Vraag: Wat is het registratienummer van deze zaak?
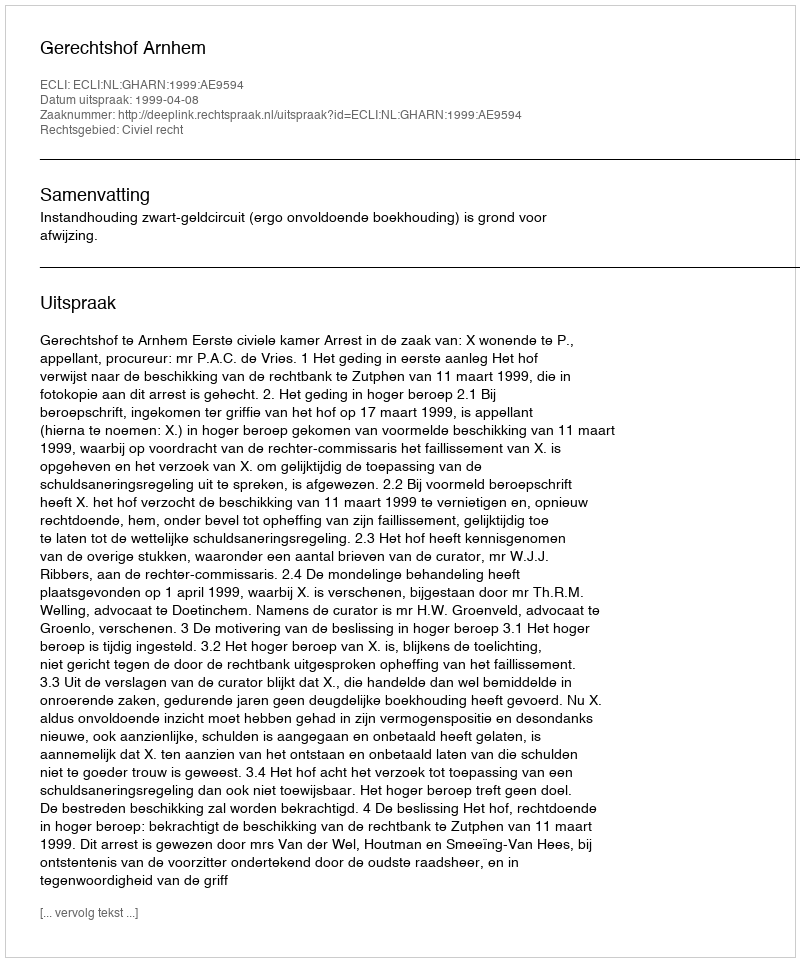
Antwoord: http://deeplink.rechtspraak.nl/uitspraak?id=ECLI:NL:GHARN:1999:AE9594